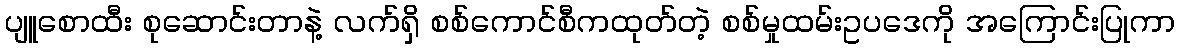
ပျူစောထီး စုဆောင်းတာနဲ့ လက်ရှိ စစ်ကောင်စီကထုတ်တဲ့ စစ်မှုထမ်းဥပဒေကို အကြောင်းပြုကာ